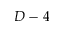
D - 4